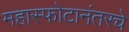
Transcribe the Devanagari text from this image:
महास्फोटानंतरचे